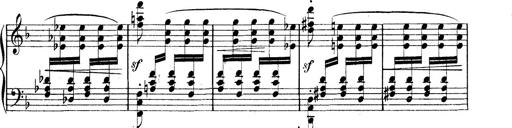
Title: Rapsodie: 19 ungheresi, 1 spagnuola
Composer: Franz Liszt